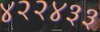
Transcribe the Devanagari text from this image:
४२२४३३